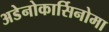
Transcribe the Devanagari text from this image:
अडेनोकार्सिनोमा